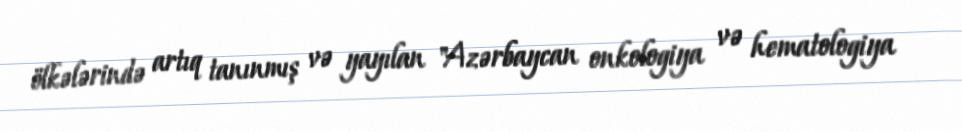
ölkələrində artıq tanınmış və yayılan "Azərbaycan onkologiya və hematologiya